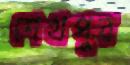
শেখপুর